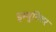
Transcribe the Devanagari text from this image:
इम्युनिटर